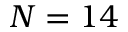
N = 1 4